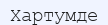
Хартумде